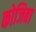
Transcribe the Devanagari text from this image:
कोजिबा